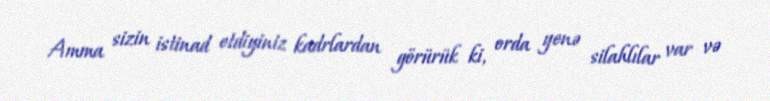
Amma sizin istinad etdiyiniz kadrlardan görürük ki, orda yenə silahlılar var və